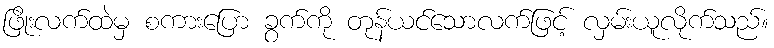
ဖြိုးလက်ထဲမှ စကားပြော ခွက်ကို တုန်ယင်သောလက်ဖြင့် လှမ်းယူလိုက်သည်။